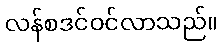
လန်စဒင်ဝင်လာသည်။